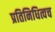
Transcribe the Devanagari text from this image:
प्रतिनिधित्वच